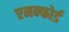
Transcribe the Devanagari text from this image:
एमन्फोर्ड